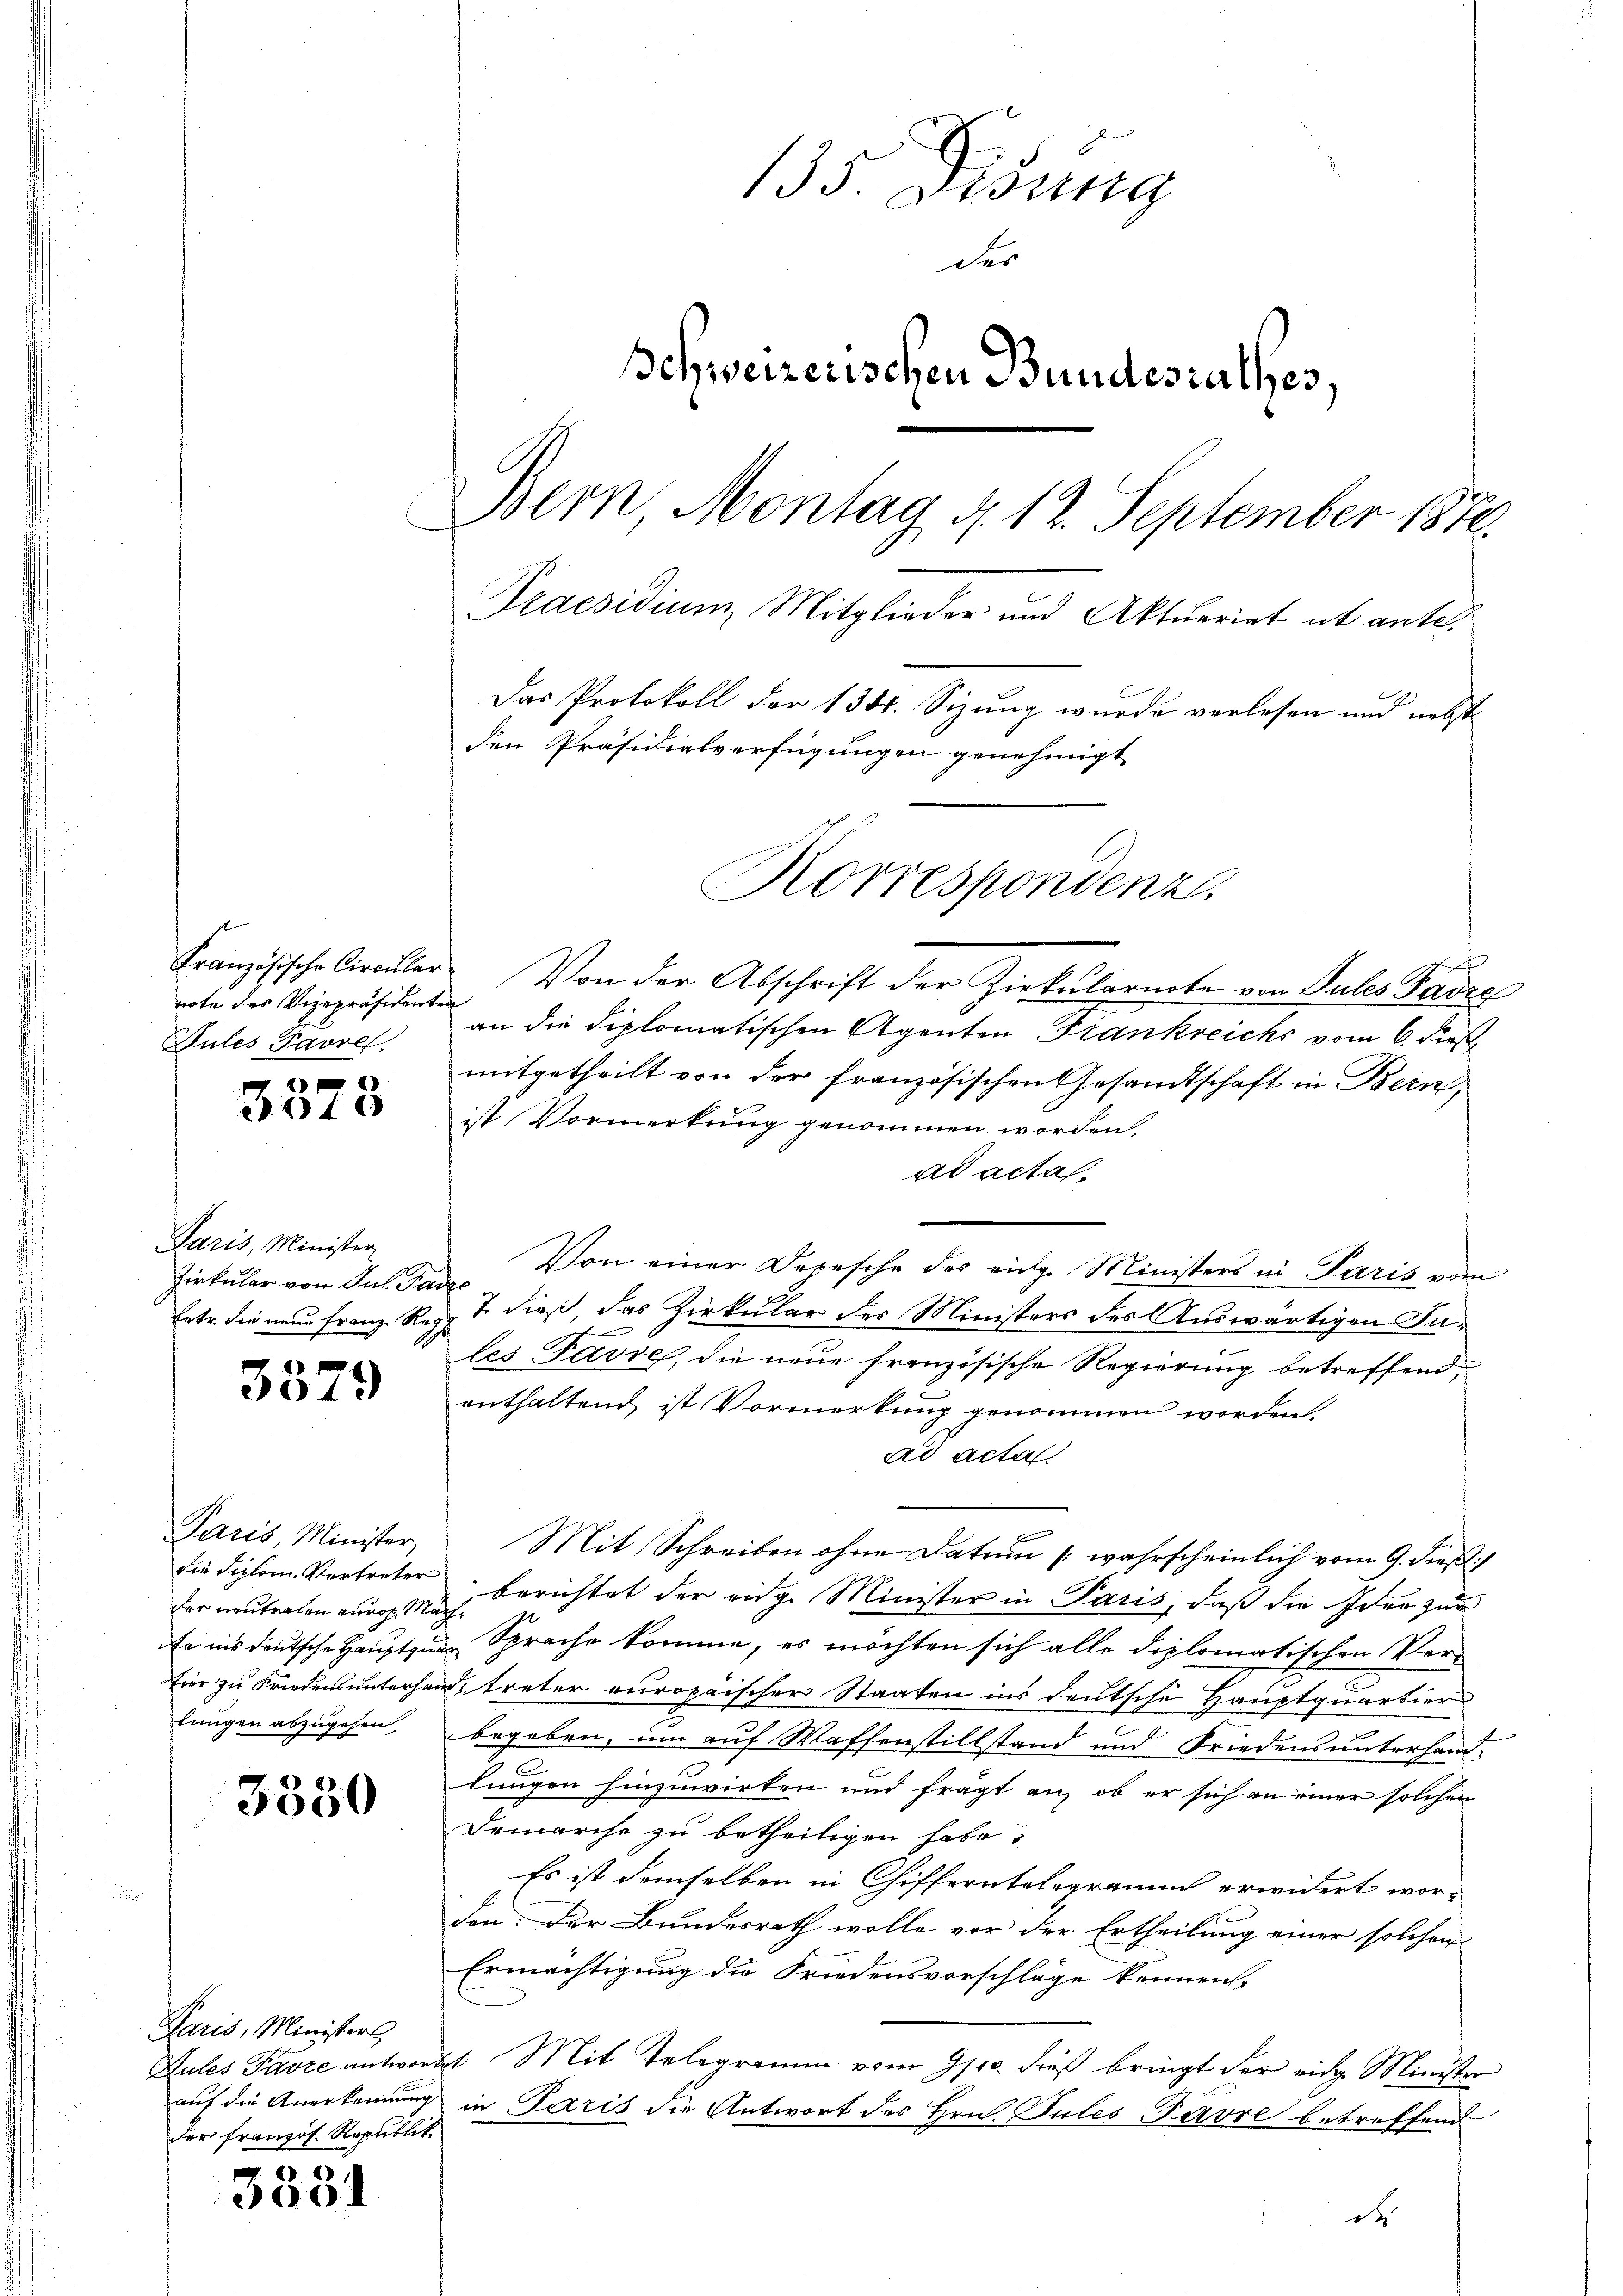
note des Vizepräsidenten
Pules Pavre

3018

Paris, Minister,
Zirkular von Jul. Pade

3379

Paris, Minister,
der neutralen euroh. Mach¬

3350

Paris, Ministers,
der französ. Republik

3331

135. Disung
der
Schweizerischen Bundesrathes.
Bern, Montag d. 12. September 1870.
Praesidium, Mitglieder und Aktuariat ut ante¬
Das Protokoll der 1344. Sizung wurde verlesen und nebst
den Präsidialverfügungen genehmigt
Korrespondenz.

d
Kranzösische Circular. Von der Abschrift der Zirkularnote von Pules Favre
an die diplomatischen Agenten Frankreichs vom 6. dies
mitgetheilt von der französischen Gesandtschaft in Bern,
ist Vormerkung genommen worden,
ad acta.
Von einer Depesche des einge Ministers in Paris vom
Eetr. die neue Franz Rez. B. dieß, das Zirkular des Ministers des Auswärtigen Jules Favre, die neue Französische Regierung betreffend,
enthaltend ist Vormerkung genommen worden
ad acta
Mit Schreiben ohne Datum (wahrscheinlich vom 9. dießf
die diplom Vertreter berichtet der eidg. Minister in Paris, daß die Idee zur
Er ins deutsche Haupt zur Sprache komme, es möchten sich alle diplomatischen Ver¬
Eier zu Friedensunterhand, treter europaischer Staaten ins deutsche Hauptquartier
langen abzugehen, begeben, um auf Waffenstillstand und Friedens unterhandlungen hinzuwirken und frägt an, ob er sich an einer solchen
Demarche zu betheiligen habe?
Es ist demselben in Chifferntelegramm erwidert wor-
den: Der Bundesrath wolle vor der Ertheilung einer solchen
Ermächtigung die Friedensvorschläge kennen,
Sules Favre antwortet. Mit Telegramm vom 9/10. dieß bringt der eidg. Minister
auf die Anerkennung in Paris die Antwort des Hrn. Pules Favre betreffend
de